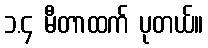
၁.၄ မီတာထက် ပုတယ်။